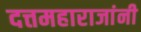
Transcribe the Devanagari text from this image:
दत्तमहाराजांनी